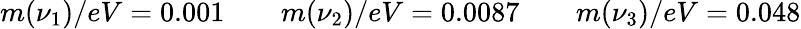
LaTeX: \begin{array}{r}{m(\nu_{1})/eV=0.001\qquad m(\nu_{2})/eV=0.0087\qquad m(\nu_{3})/eV=0.048}\end{array}